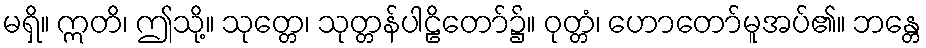
မရှိ။ ဣတိ၊ ဤသို့။ သုတ္တေ၊ သုတ္တန်ပါဠိတော်၌။ ဝုတ္တံ၊ ဟောတော်မူအပ်၏။ ဘန္တေ